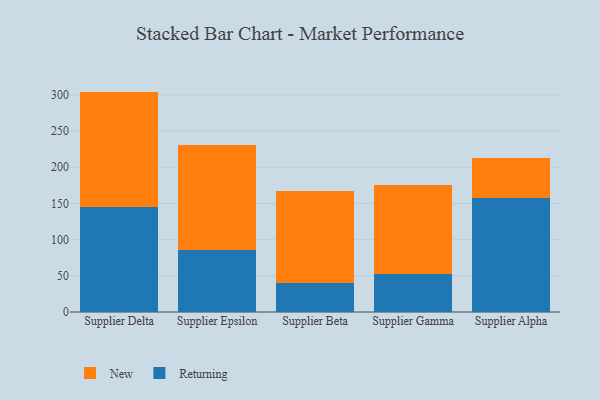
{"axis": {"x": "Supplier", "y": "Bounce Rate (%)"}, "legend": ["New", "Returning"], "data": [{"x": "Supplier Delta", "y": 144.6, "type": "Returning"}, {"x": "Supplier Delta", "y": 159.7, "type": "New"}, {"x": "Supplier Epsilon", "y": 85.0, "type": "Returning"}, {"x": "Supplier Epsilon", "y": 145.6, "type": "New"}, {"x": "Supplier Beta", "y": 40.6, "type": "Returning"}, {"x": "Supplier Beta", "y": 126.1, "type": "New"}, {"x": "Supplier Gamma", "y": 52.2, "type": "Returning"}, {"x": "Supplier Gamma", "y": 122.7, "type": "New"}, {"x": "Supplier Alpha", "y": 157.1, "type": "Returning"}, {"x": "Supplier Alpha", "y": 55.2, "type": "New"}]}